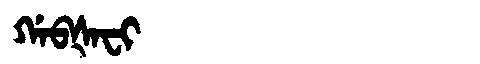
Manchu: ᡤᠠᠪᡧᠠᠸᡳ
Romanization: GABŠAFI